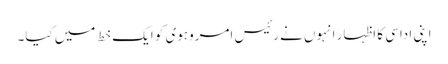
اپنی اداسی کا اظہار انہوں نے رئیس امروہوی کو ایک خط میں کیا۔